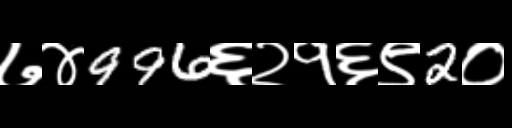
Text: ७४996६२१६९2०